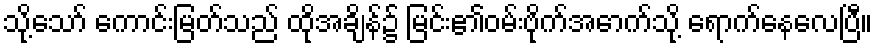
သို့သော် ကောင်းမြတ်သည် ထိုအချိန်၌ မြင်း၏ဝမ်းဗိုက်အောက်သို့ ရောက်နေလေပြီ။